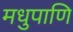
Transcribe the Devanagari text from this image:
मधुपाणि